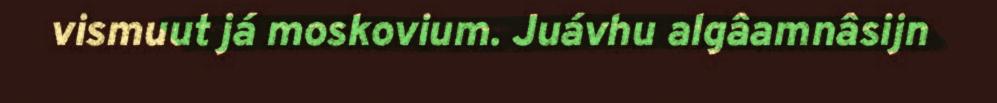
vismuut já moskovium. Juávhu algâamnâsijn